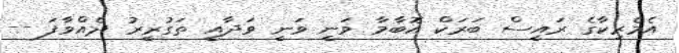
އެމެރިކާގެ ރައީސް ބަރަކް އޮބާމާ ވަނީ ވަނީ ވަދާއީ ތަގުރީރު ދެއްވާފަ --